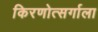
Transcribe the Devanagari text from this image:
किरणोत्सर्गाला